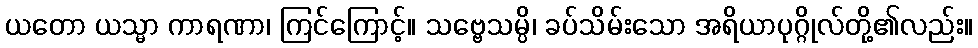
ယတော ယသ္မာ ကာရဏာ၊ ကြင်ကြောင့်။ သဗ္ဗေသမ္ပိ၊ ခပ်သိမ်းသော အရိယာပုဂ္ဂိုလ်တို့၏လည်း။